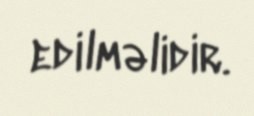
edilməlidir.